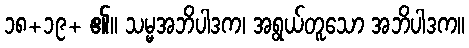
၁၈+၁၉+ ၏။ သမ္မအဘိပါဒက၊ အရွယ်တူသော အဘိပါဒက။